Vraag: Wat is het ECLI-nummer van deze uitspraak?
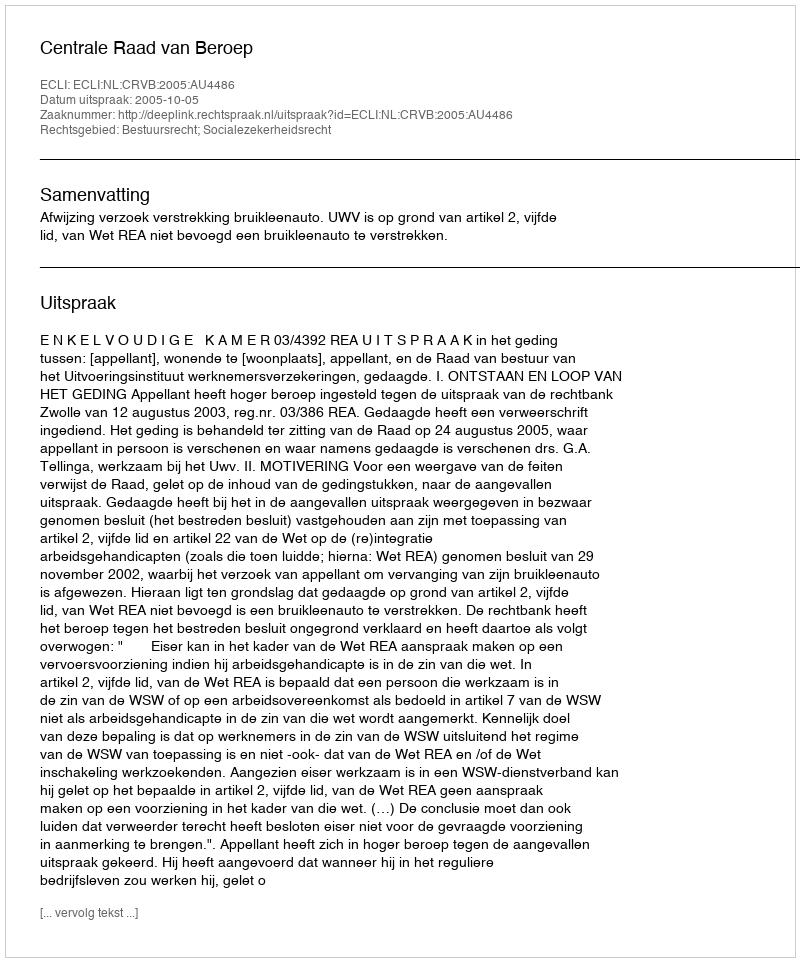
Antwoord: ECLI:NL:CRVB:2005:AU4486